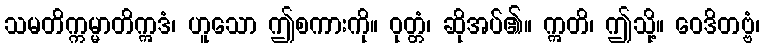
သမတိက္ကမ္မာတိဣဒံ၊ ဟူသော ဤစကားကို။ ဝုတ္တံ၊ ဆိုအပ်၏။ ဣတိ၊ ဤသို့။ ဝေဒိတဗ္ဗံ၊